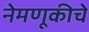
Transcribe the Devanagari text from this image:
नेमणूकीचे